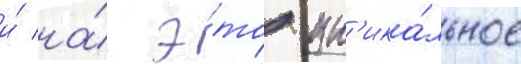
и́ на́ э́то ун'ика́льное